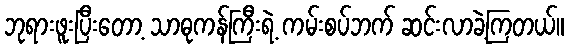
ဘုရားဖူးပြီးတော့ သာဓုကန်ကြီးရဲ့ ကမ်းစပ်ဘက် ဆင်းလာခဲ့ကြတယ်။